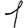
Digit: 1